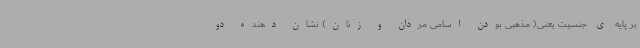
بر پایه ی جنسیت یعنی( مذهبی بودن اسامی مردان و زنان) نشان دهنده دو